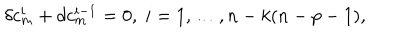
\delta c _ { m } ^ { i } + d c _ { m } ^ { i - 1 } = 0 , \; i = 1 , \dots , n - k ( n - p - 1 ) ,